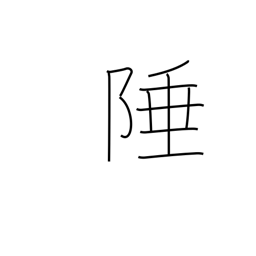
Meaning: boundary